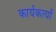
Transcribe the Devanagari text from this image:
कार्यकर्त्यां